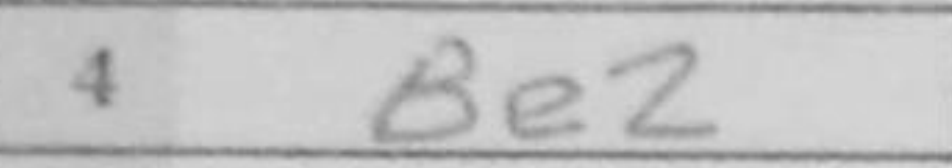
Transcription: Be2